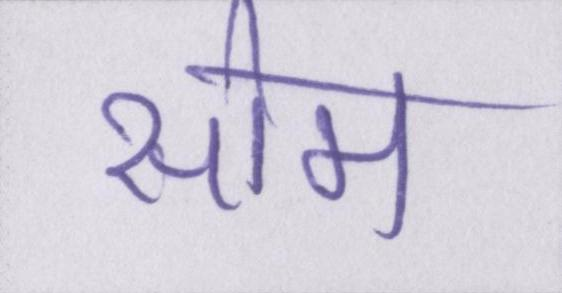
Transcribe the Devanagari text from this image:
सोम